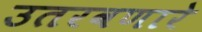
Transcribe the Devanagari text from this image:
उतरवणारे